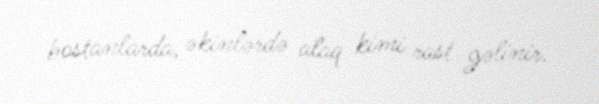
bostanlarda, əkinlərdə alaq kimi rast gəlinir.